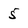
Character: 5